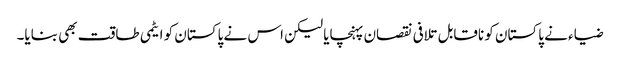
ضیاء نے پاکستان کو ناقابل تلافی نقصان پہنچایا لیکن اس نے پاکستان کو ایٹمی طاقت بھی بنایا۔